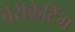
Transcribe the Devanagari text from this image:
बैरीकेटिंग